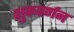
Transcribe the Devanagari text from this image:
शुकवर्णन